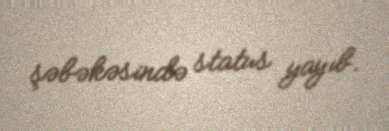
şəbəkəsində status yayıb.